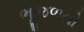
ભૂજળનો